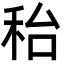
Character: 秮